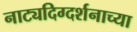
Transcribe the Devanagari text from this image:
नाट्यदिग्दर्शनाच्या